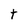
Character: t